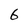
Character: 6